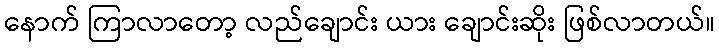
နောက် ကြာလာတော့ လည်ချောင်း ယား ချောင်းဆိုး ဖြစ်လာတယ်။